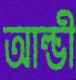
আল্ভী